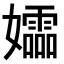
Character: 𫲚